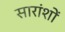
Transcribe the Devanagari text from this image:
सारांशों